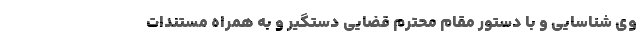
وی شناسایی و با دستور مقام محترم قضایی دستگیر و به همراه مستندات